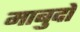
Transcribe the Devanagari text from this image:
माबुदों